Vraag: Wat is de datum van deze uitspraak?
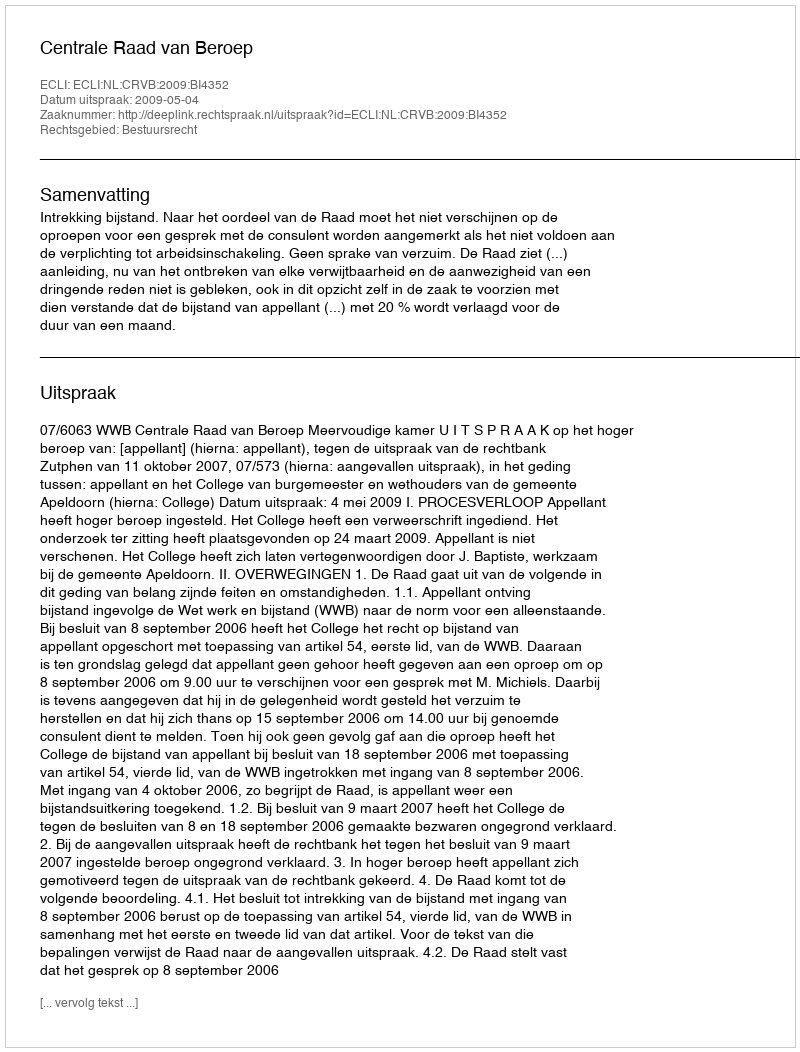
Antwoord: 2009-05-04